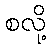
စလို့